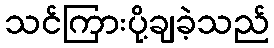
သင်ကြားပို့ချခဲ့သည်